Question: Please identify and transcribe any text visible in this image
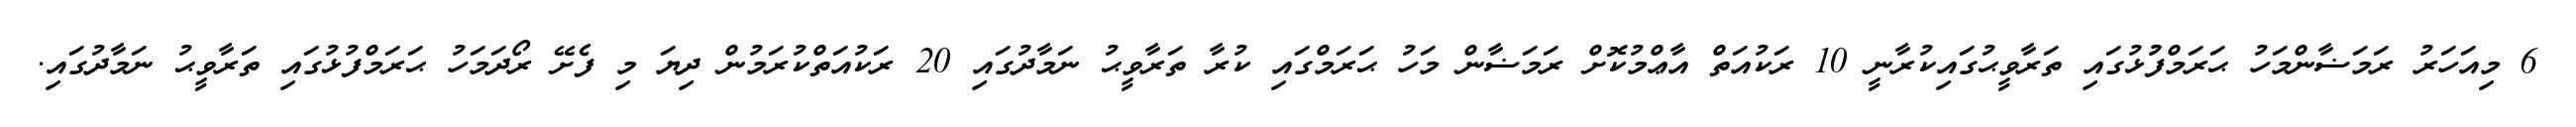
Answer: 6 މިއަހަރު ރަމަޟާންމަހު ޙަރަމްފުުޅުގައި ތަރާވީޙުގައިކުރާނީ 10 ރަކުއަތް އާޢްމުކޮށް ރަމަޟާން މަހު ޙަރަމްގައި ކުރާ ތަރާވީޙު ނަމާދުގައި 20 ރަކުއަތްކުރަމުން ދިޔަ މި ފެށޭ ރޯދަމަހު ޙަރަމްފުޅުގައި ތަރާވީޙު ނަމާދުގައި.